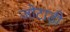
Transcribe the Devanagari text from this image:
जोटाड़ी